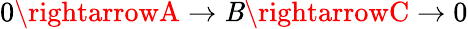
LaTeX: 0\rightarrowA\rightarrow\mathit{B}\rightarrowC\rightarrow0